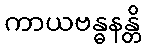
ကာယဗန္ဓနန္တိ